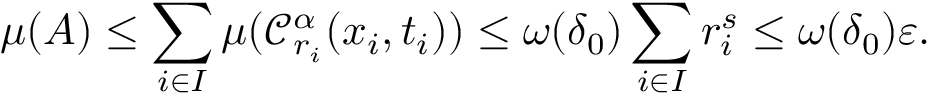
\mu ( A ) \leq \sum _ { i \in I } \mu ( \mathcal { C } _ { r _ { i } } ^ { \alpha } ( x _ { i } , t _ { i } ) ) \leq \omega ( \delta _ { 0 } ) \sum _ { i \in I } r _ { i } ^ { s } \leq \omega ( \delta _ { 0 } ) \varepsilon .